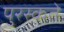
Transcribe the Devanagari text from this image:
पुरस्कते